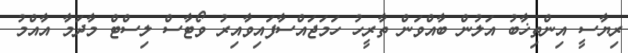
ރިޔާސީ އިންތިޚާބު އަލުން ބާއްވަން ތާރީހު ހަމަޖައްސާފައިވާއިރު ވޯޓާސް ލިސްޓް މާދަމާ އާއްމު